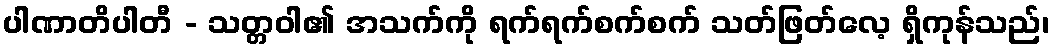
ပါဏာတိပါတီ - သတ္တဝါ၏ အသက်ကို ရက်ရက်စက်စက် သတ်ဖြတ်လေ့ ရှိကုန်သည်၊